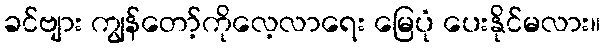
ခင်ဗျား ကျွန်တော့်ကိုလေ့လာရေး မြေပုံ ပေးနိုင်မလား။